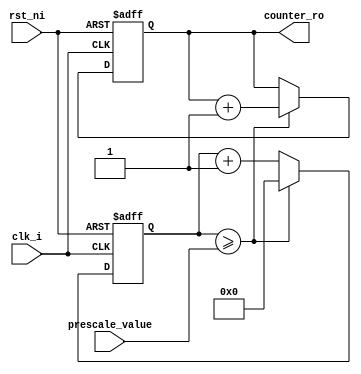
/* Allow us to divide the main clock to get the appropriate frequency
 for our PWM signals, and output a counter so we know when to set the
 PWM signals high and low.
 */
module prescaled_counter
  (
   input       clk_i,
   input       rst_ni,

   input [7:0] prescale_value,

   output reg [11:0] counter_ro
   );

   reg [15:0]  scale_counter_r = 16'b0;

   always @(posedge clk_i or negedge rst_ni) begin
      if (~rst_ni) begin
         scale_counter_r <= 8'b0;
         counter_ro <= 12'b0;
      end else begin
         if (scale_counter_r >= prescale_value) begin
            counter_ro <= counter_ro + 1'b1;
            scale_counter_r <= 0;
         end else scale_counter_r <= scale_counter_r + 1'b1;
      end

   end
   
endmodule // prescaler